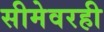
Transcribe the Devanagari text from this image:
सीमेवरही